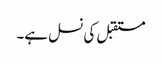
مستقبل کی نسل ہے۔